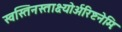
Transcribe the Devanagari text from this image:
स्वस्तिनस्ताक्ष्योर्अरिष्टनेमिः